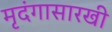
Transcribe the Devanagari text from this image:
मृदंगासारखी